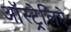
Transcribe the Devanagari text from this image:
ऑस्ट्रेलिऐ